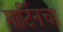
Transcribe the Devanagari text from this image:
मार्टिनचा